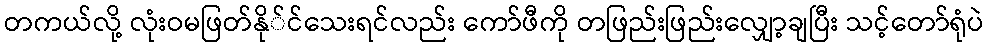
တကယ်လို့ လုံးဝမဖြတ်နို်င်သေးရင်လည်း ကော်ဖီကို တဖြည်းဖြည်းလျှော့ချပြီး သင့်တော်ရုံပဲ